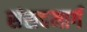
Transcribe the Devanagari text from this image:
संसदमार्ग